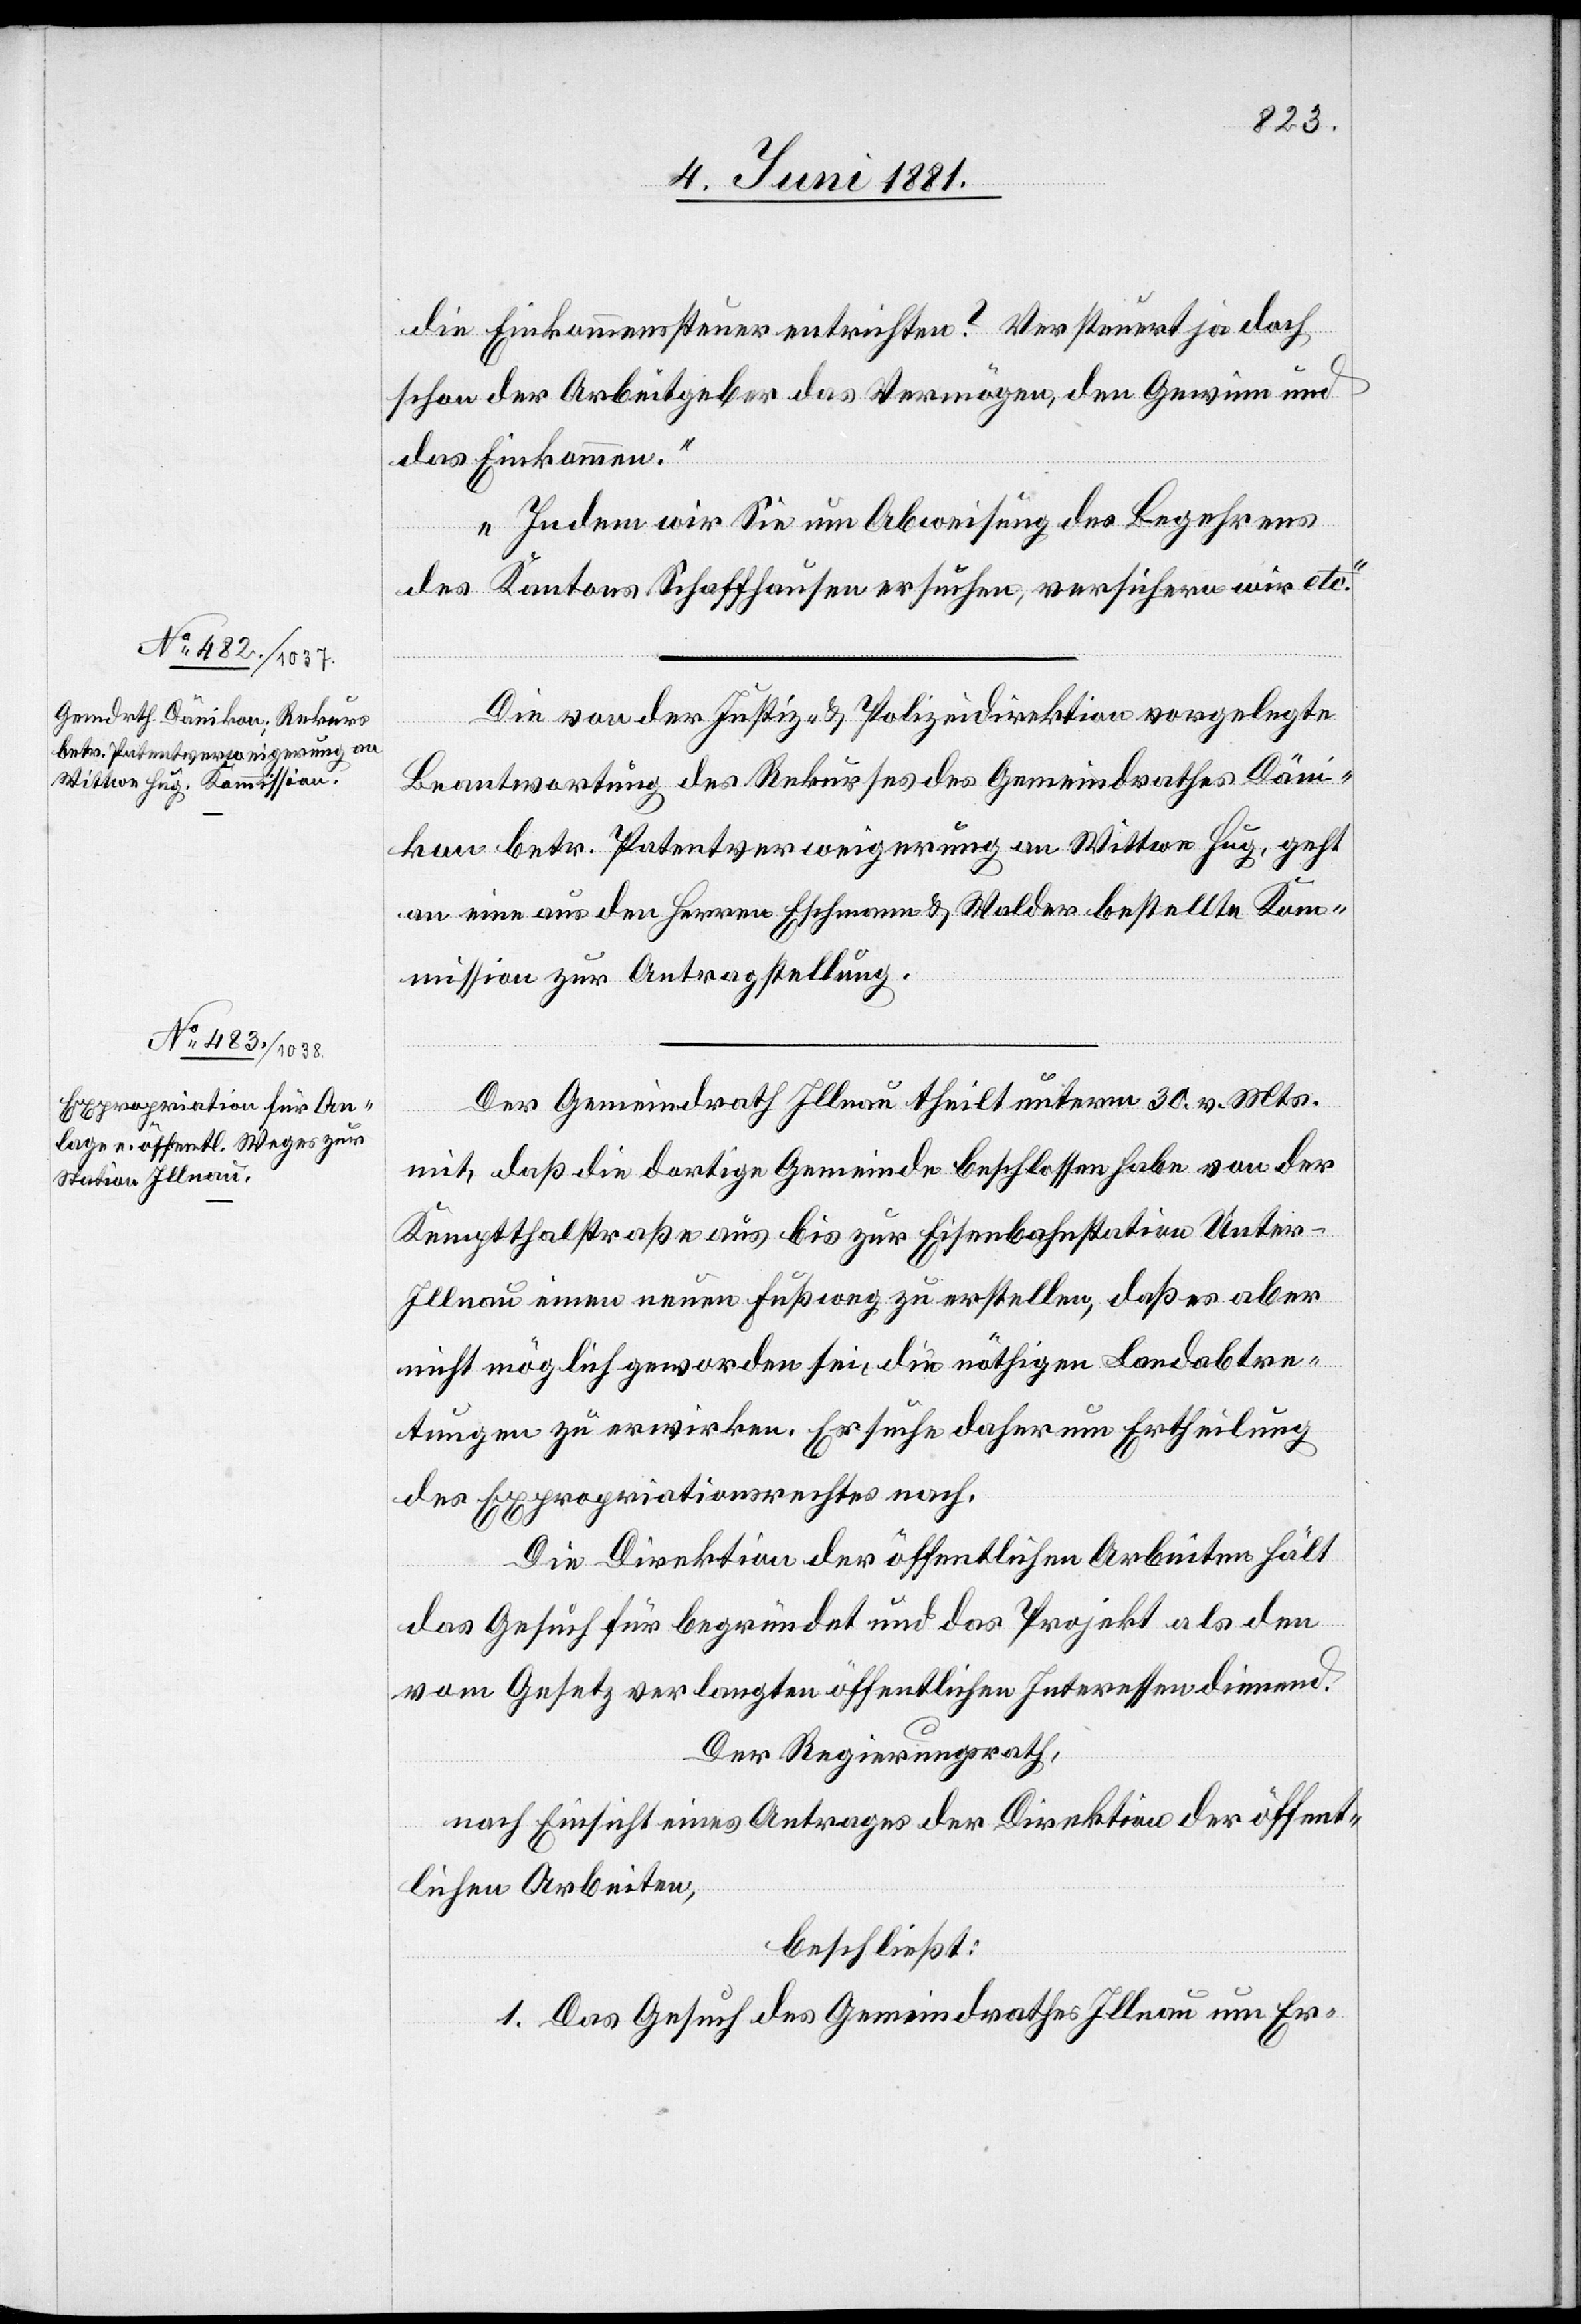
die Einkommenssteuer entrichten? Versteuert ja doch
schon der Arbeitgeber das Vermögen, den Gewinn und
das Einkommen.
Indem wir Sie um Abweisung des Begehrens
des Kantons Schaffhausen ersuchen, versichern wir etc.“
Die von der Justiz- & Polizeidirektion vorgelegte
Beantwortung des Rekurses des Gemeindrathes Däni¬
kon betr. Patentverweigerung an Wittwe Hug, geht
an eine aus den Herren Eschmann & Walder bestellte Kom¬
mission zur Antragstellung.
Der Gemeindrath Illnau theilt unterm 30. v. Mts.
mit, daß die dortige Gemeinde beschlossen habe von der
Kemptthalstraße aus bis zur Eisenbahnstation Unter-I¬
llnau einen neuen Fußweg zu erstellen, daß es aber
nicht möglich geworden sei, die nöthigen Landabtre¬
tungen zu erwirken. Er suche daher um Ertheilung
des Expropriationsrechtes nach.
Die Direktion der öffentlichen Arbeiten hält
das Gesuch für begründet und das Projekt als den
von Gesetz verlangten öffentlichen Interessen dienend.
Der Regierungsrath,
nach Einsicht eines Antrages der Direktion der öffent¬
lichen Arbeiten,
1. Das Gesuch des Gemeindrathes Illnau um Er-